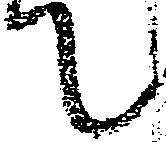
て